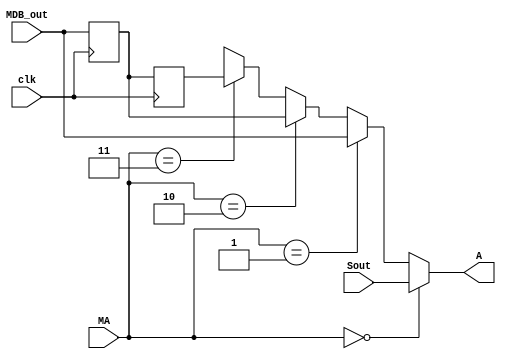
module mux_a
  (input         clk,
   input [1:0]   MA,
   input [15:0]  MDB_out,
   input [15:0]  Sout,
   output [15:0] A);

   reg [15:0]    MDB_last1,
                 MDB_last2;

   initial
     begin
        MDB_last1 <= 0;
        MDB_last2 <= 0;
     end  
   
   assign A = (MA == 2'h0) ? Sout      :
              (MA == 2'h1) ? MDB_out   : 
              (MA == 2'h2) ? MDB_last1 : 
              (MA == 2'h3) ? MDB_last2 : 16'bx;

   always @ (negedge clk)
     begin
        MDB_last1 <= MDB_out;
        MDB_last2 <= MDB_last1;
     end  

endmodule